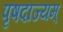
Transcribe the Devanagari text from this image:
पृषदाज्यम्